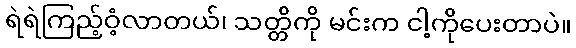
ရဲရဲကြည့်ဝံ့လာတယ်၊ သတ္တိကို မင်းက ငါ့ကိုပေးတာပဲ။